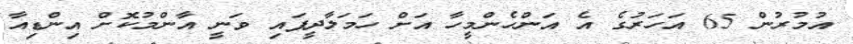
އުމުރުން 65 އަހަރުގެ އެ އަންހެންމީހާ އަށް ހަމަލާދީފައި ވަނީ އާންމުކޮށް އިންޑިއާ